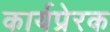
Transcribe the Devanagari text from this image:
कार्यप्रेरक